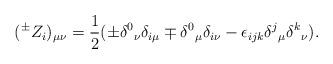
LaTeX: \begin{align*}(^{\pm}Z_i)_{\mu\nu}=\frac{1}{2}(\pm \delta^0{}_\nu \delta_{i\mu}\mp \delta^0{}_\mu \delta_{i\nu}-\epsilon_{ijk}\delta^j{}_\mu \delta^k{}_\nu).\end{align*}